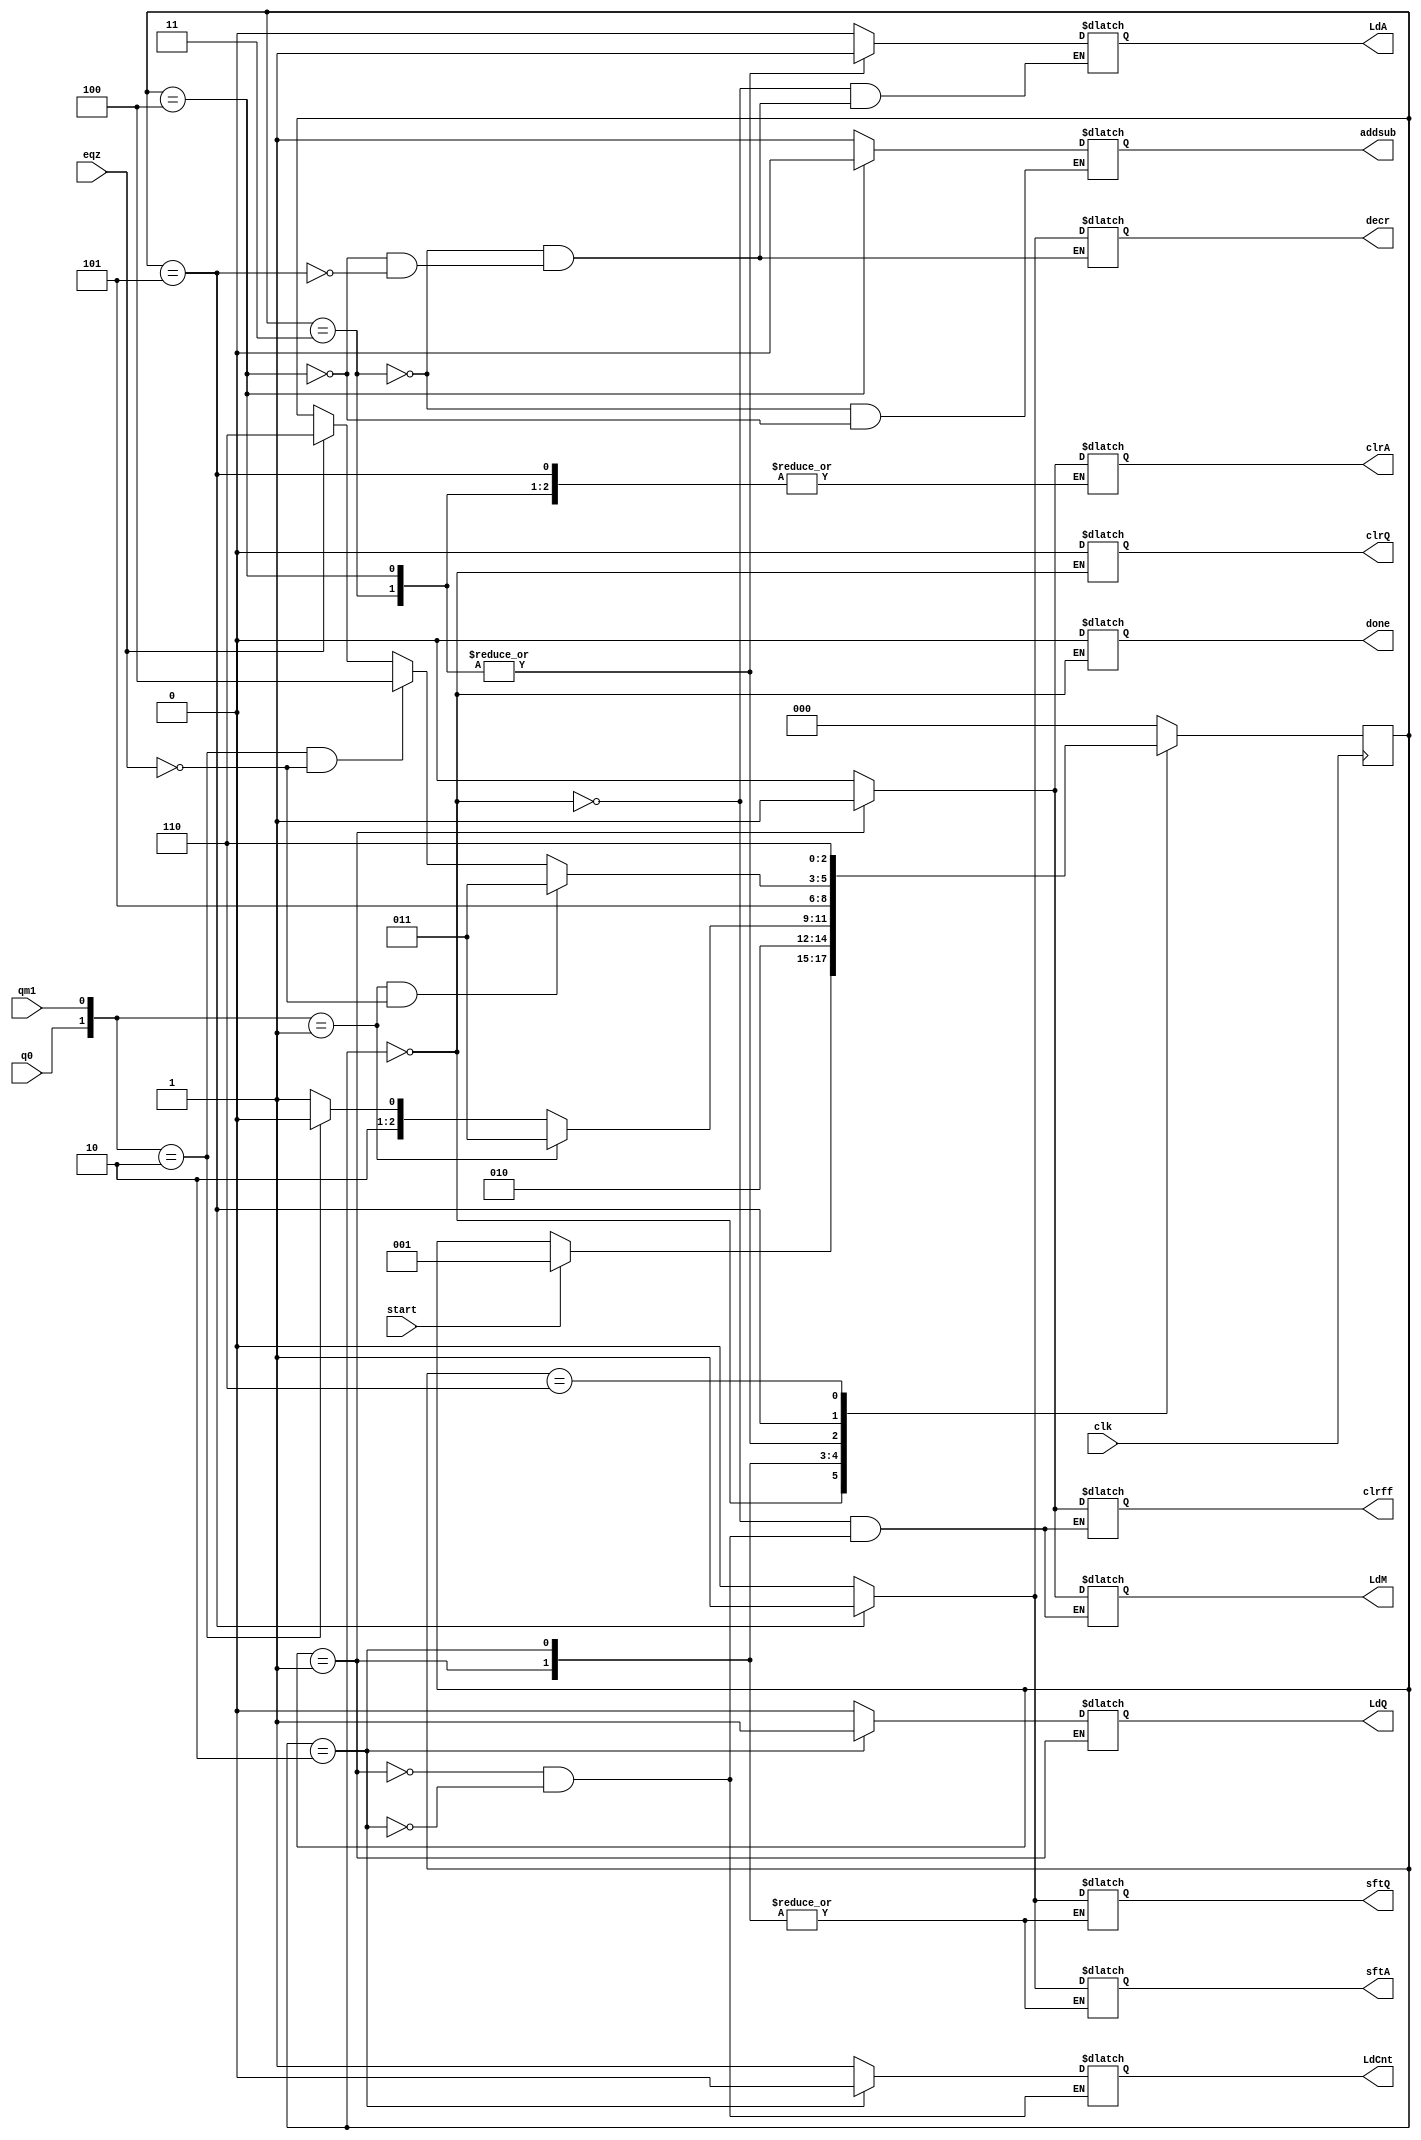
module controller(LdA,clrA,sftA,LdQ,clrQ,sftQ,LdM,clrff,addsub,start,decr,LdCnt,done,clk,q0,qm1,eqz);

	input clk,q0,qm1,start,eqz;
	output reg LdA,clrA,sftA,LdQ,clrQ,sftQ,LdM,clrff,addsub,decr,LdCnt,done;

	reg [2:0] state;
	parameter S0=3'b000, S1=3'b001, S2=3'b010, S3=3'b011, S4=3'b100, S5=3'b101, S6=3'b110;

	always @(posedge clk)
		begin
			case(state)
				S0: if(start) state<=S1;
				S1: state<=S2;
				S2: #2 if({q0,qm1}==2'b01) state<=S3;
					else if({q0,qm1}==2'b10) state<=S4;
					else state<=S5;
				S3: state<=S5;
				S4: state<=S5;
				S5: #2 if({q0,qm1}==2'b01 && !eqz) state<=S3;
					else if({q0,qm1}==2'b10 && !eqz) state<=S4;
					else if(eqz) state<=S6;
				S6: state<=S6;
				default: state<=S0;
			endcase
		end
		
	always @(state)
		begin
			case(state)
				S0: begin clrA=0;LdA=0;sftA=0;clrQ=0;LdQ=0;sftQ=0;LdM=0;clrff=0;done=0;end
				S1: begin clrA=1;clrff=1;LdCnt=1;LdM=1;end
				S2: begin clrA=0;clrff=0;LdCnt=0;LdM=0;LdQ=1;end
				S3: begin LdA=1;addsub=1;LdQ=0;sftA=0;sftQ=0;decr=0;end
				S4: begin LdA=1;addsub=0;LdQ=0;sftA=0;sftQ=0;decr=0;end
				S5: begin sftA=1;sftQ=1;LdA=0;LdQ=0;decr=1;end
				default: begin clrA=0;sftA=0;LdQ=0;sftQ=00;end
			endcase
		end
	
endmodule